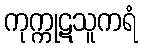
ကုက္ကုဋသူကရံ